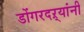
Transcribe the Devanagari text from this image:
डोंगरदऱ्यांनी